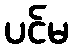
ပင်မ